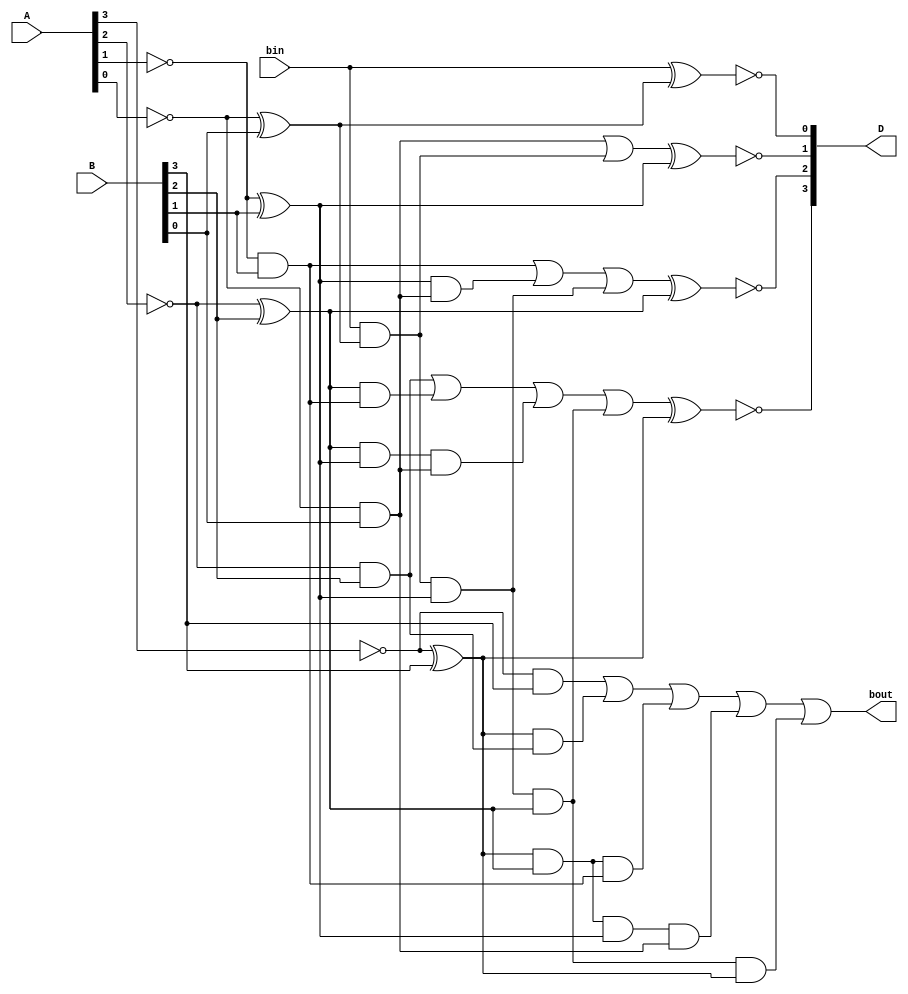
module Lab2_4_bit_BLS_gatelevel(input [3:0] A, B, input bin, output [3:0] D, output bout);
    wire p0, g0, p1, g1, p2, g2, p3, g3, b1, b2, b3;
    wire [3:0] A_comp;

    wire pb, ppb, pppb, ppppb;
    wire p1g0, p2g1, p3g2, p2p1g0, p3p2g1, p3p2p1g0;

    not     N1(A_comp[3], A[3]);
    not     N2(A_comp[2], A[2]);
    not     N3(A_comp[1], A[1]);
    not     N4(A_comp[0], A[0]);

    // gates for Gi and Pi
    xor #(4)     Gx3(p3, A_comp[3], B[3]);
    and #(2)     Ga3(g3, A_comp[3], B[3]);
    xor #(4)     Gx2(p2, A_comp[2], B[2]);
    and #(2)     Ga2(g2, A_comp[2], B[2]);
    xor #(4)     Gx1(p1, A_comp[1], B[1]);
    and #(2)     Ga1(g1, A_comp[1], B[1]);
    xor #(4)     Gx0(p0, A_comp[0], B[0]);
    and #(2)     Ga0(g0, A_comp[0], B[0]);

    // begin of two-level structure 
    // below are chuncks that P and B AND together
    and #(2)     Gpb1(pb, bin, p0);
    and #(2)     Gpb2(ppb, bin, p0, p1);
    and #(2)     Gpb3(pppb, bin, p0, p1, p2);
    and #(2)     Gpb4(ppppb, bin, p0, p1, p2, p3);

    // P and G AND
    and #(2)     Gpg1(p1g0, p1, g0);
    and #(2)     Gpg2(p2g1, p2, g1);
    and #(2)     Gpg3(p3g2, p3, g2);
    and #(2)     Gpg4(p2p1g0, p2, p1, g0);
    and #(2)     Gpg5(p3p2g1, p3, p2, g1);
    and #(2)     Gpg6(p3p2p1g0, p3, p2, p1, g0);

    or #(2)      Gor1(b1, g0, pb);
    or #(2)      Gor2(b2, g1, p1g0, ppb);
    or #(2)      Gor3(b3, g2, p2g1, p2p1g0, pppb);
    or #(2)      Gor4(bout, g3, p3g2, p3p2g1, p3p2p1g0, ppppb);
    // end of two-level structure

    xnor #(4)    Gxn0(D[0], bin, p0);
    xnor #(4)    Gxn1(D[1], b1, p1);
    xnor #(4)    Gxn2(D[2], b2, p2);
    xnor #(4)    Gxn3(D[3], b3, p3);
endmodule